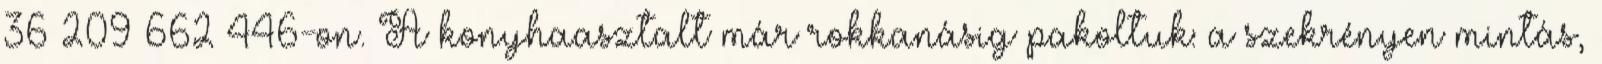
36–209–662–446-on. A konyhaasztalt már rokkanásig pakoltuk: a szekrényen mintás,